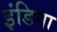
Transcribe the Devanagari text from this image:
इंडिया